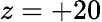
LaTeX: z=+20